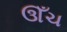
ઊઁચ